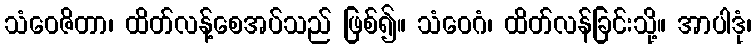
သံဝေဇိတာ၊ ထိတ်လန့်စေအပ်သည် ဖြစ်၍။ သံဝေဂံ၊ ထိတ်လန်ခြင်းသို့။ အာပါဒုံ၊